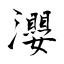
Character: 瀴